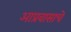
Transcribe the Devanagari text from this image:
आप्रवासाचे